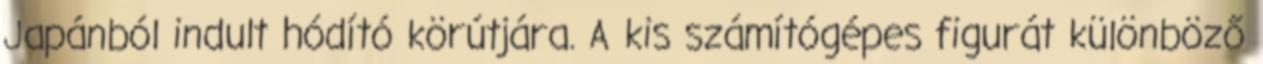
Japánból indult hódító körútjára. A kis számítógépes figurát különböző